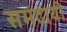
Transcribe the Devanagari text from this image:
समदायी